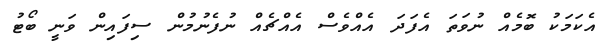
އެކަމަކު ބޮމެއް ނުވަތަ އެފަދަ އެއްވެސް އެއްޗެއް ނުފެނުމުން ސިފައިން ވަނީ ބޯޓު